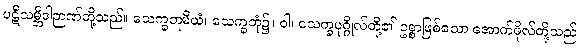
ပဋိသမ္ဘိဒါဉာဏ်တို့သည်။ သေက္ခဘူမိယံ၊ သေက္ခဘုံ၌။ ဝါ၊ သေက္ခပုဂ္ဂိုလ်တို့၏ ဥစ္စာဖြစ်သော အောက်ဖိုလ်တို့သည်